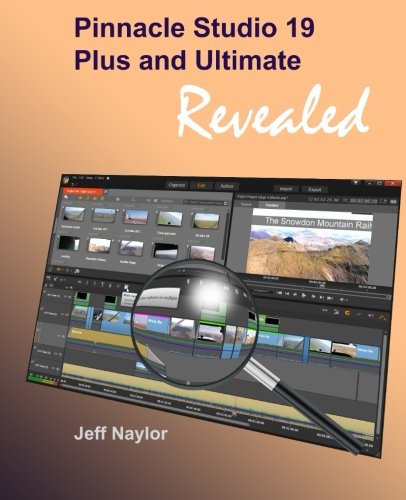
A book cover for Pinnacle Studio 19 Plus and Ultimate Revealed; Jeff Naylor; Computers & Technology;